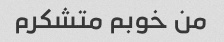
من خوبم متشکرم